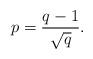
LaTeX: \begin{align*}p = \frac{q-1}{\sqrt{q}}.\end{align*}